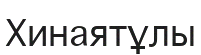
Хинаятұлы